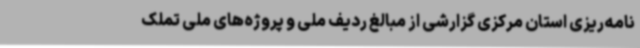
نامه‌ریزی استان مرکزی گزارشی از مبالغ ردیف ملی و پروژه‌های ملی تملک